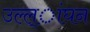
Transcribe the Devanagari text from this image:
उल्ल्ांघन